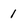
Character: 1